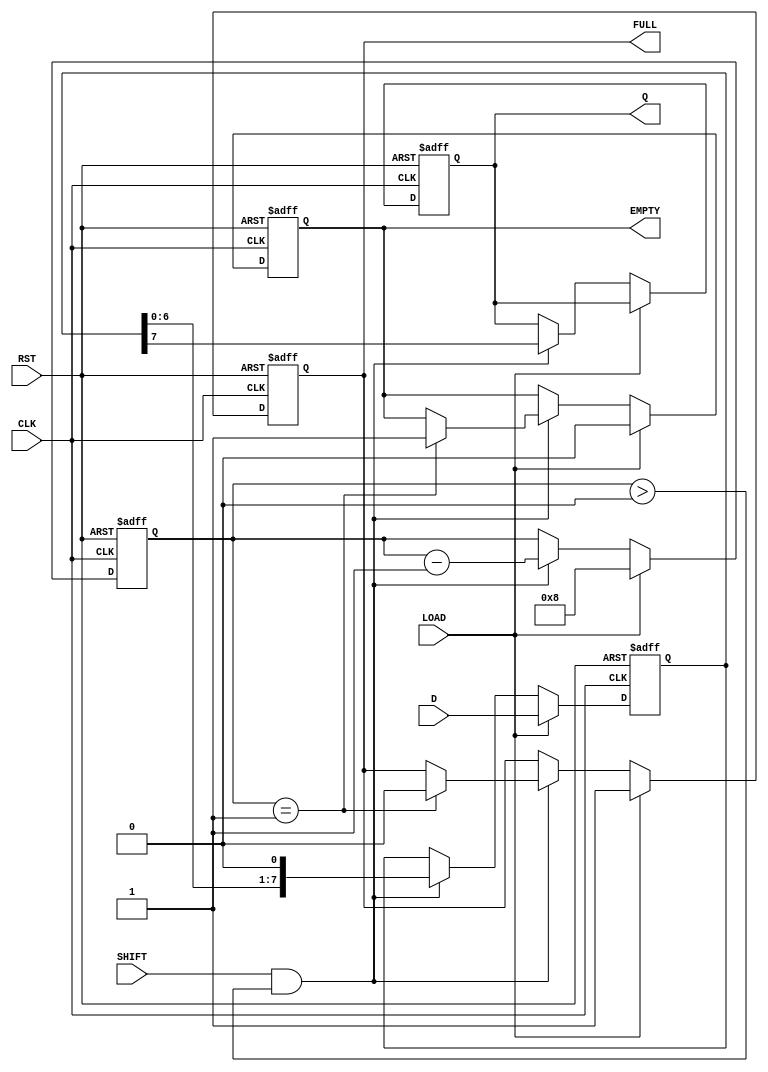
module PISO_Register #(
    parameter n = 8 // Parameter for the width of the data input
)(
    input  wire [n-1:0] D,      // Parallel data input
    input  wire SHIFT,           // Shift control signal
    input  wire LOAD,            // Load control signal
    input  wire CLK,             // Clock signal
    input  wire RST,             // Asynchronous reset signal
    output reg  Q,               // Serial output
    output reg  FULL,            // Full indicator
    output reg  EMPTY            // Empty indicator
);

    reg [n-1:0] shift_reg;       // Internal shift register
    reg [3:0] count;             // Counter for the number of bits shifted out

    always @(posedge CLK or posedge RST) begin
        if (RST) begin
            // Asynchronous reset
            shift_reg <= 0;
            count <= 0;
            Q <= 0;
            FULL <= 0;
            EMPTY <= 1;
        end else begin
            if (LOAD) begin
                // Load data into the register
                shift_reg <= D;
                count <= n;         // Set count to the width of the data
                FULL <= 1;          // Register is full after loading
                EMPTY <= 0;         // Register is not empty
            end else if (SHIFT && count > 0) begin
                // Shift data out serially
                Q <= shift_reg[n-1]; // Output the MSB
                shift_reg <= {shift_reg[n-2:0], 1'b0}; // Shift left
                count <= count - 1;  // Decrement the count
                if (count == 1) begin
                    FULL <= 0;       // Register is not full anymore
                    EMPTY <= 1;      // Register is empty after last shift
                end
            end
        end
    end

endmodule